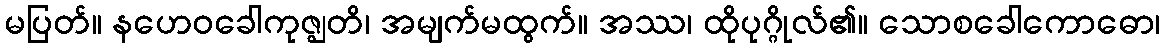
မပြတ်။ နဟေဝခေါကုဇ္ဈတိ၊ အမျက်မထွက်။ အဿ၊ ထိုပုဂ္ဂိုလ်၏။ သောစခေါကောဓော၊